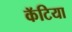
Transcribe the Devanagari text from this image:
कॅटिया